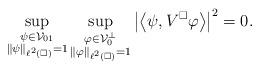
LaTeX: \begin{align*} \sup_{\substack{\psi \in \mathcal V_{01} \\ \|\psi\|_{\ell^2(\square)} = 1}} \sup_{\substack{\varphi \in \mathcal V_0^\perp \\ \|\varphi\|_{\ell^2(\square)} = 1}} \left| \left\langle \psi, V^\square \varphi \right\rangle \right|^2= 0.\end{align*}